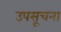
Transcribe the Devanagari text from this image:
उपसूचना